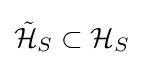
{\tilde {\mathcal {H}}}_{S}\subset {\mathcal {H}}_{S}